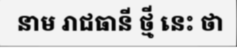
នាម រាជធានី ថ្មី នេះ ថា